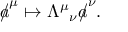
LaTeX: { a \! \! \! / } ^ { \mu } \mapsto { \Lambda ^ { \mu } } _ { \nu } { a \! \! \! / } ^ { \nu } .